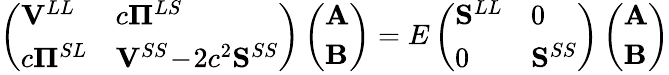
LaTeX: \left(\begin{array}{ll}{\mathbf{V}^{LL}}&{c\boldsymbol{\Pi}^{LS}}\\ {c\boldsymbol{\Pi}^{SL}}&{\mathbf{V}^{SS}\! -\! 2c^{2}\mathbf{S}^{SS}}\end{array}\right)\left(\begin{array}{l}{\mathbf{A}}\\ {\mathbf{B}}\end{array}\right)=E\left(\begin{array}{ll}{\mathbf{S}^{LL}}&{0}\\ {0}&{\mathbf{S}^{SS}}\end{array}\right)\left(\begin{array}{l}{\mathbf{A}}\\ {\mathbf{B}}\end{array}\right)